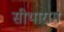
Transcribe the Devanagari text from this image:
सीथाराम